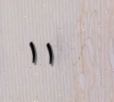
١١